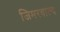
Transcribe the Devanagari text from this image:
जिमरवाल्द